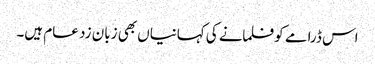
اس ڈرامے کو فلمانے کی کہانیاں بھی زبان زد عام ہیں۔